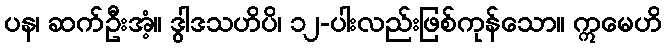
ပန၊ ဆက်ဦးအံ့။ ဒွါဒသဟိပိ၊ ၁၂-ပါးလည်းဖြစ်ကုန်သော။ ဣမေဟိ